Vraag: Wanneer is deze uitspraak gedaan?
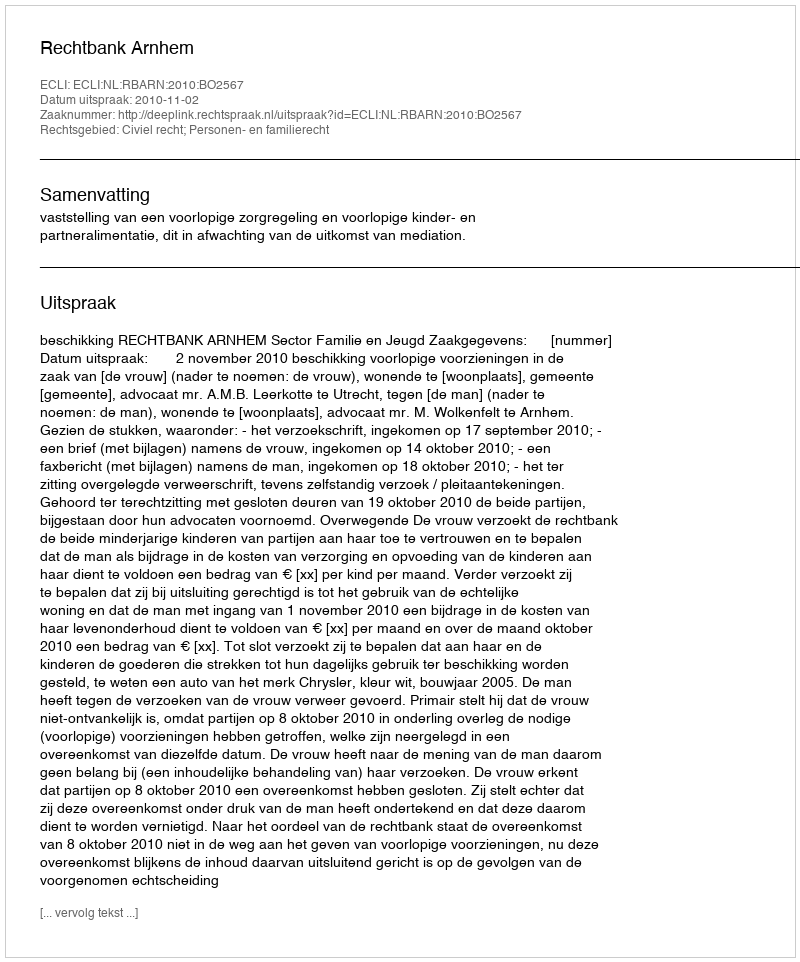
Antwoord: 2010-11-02